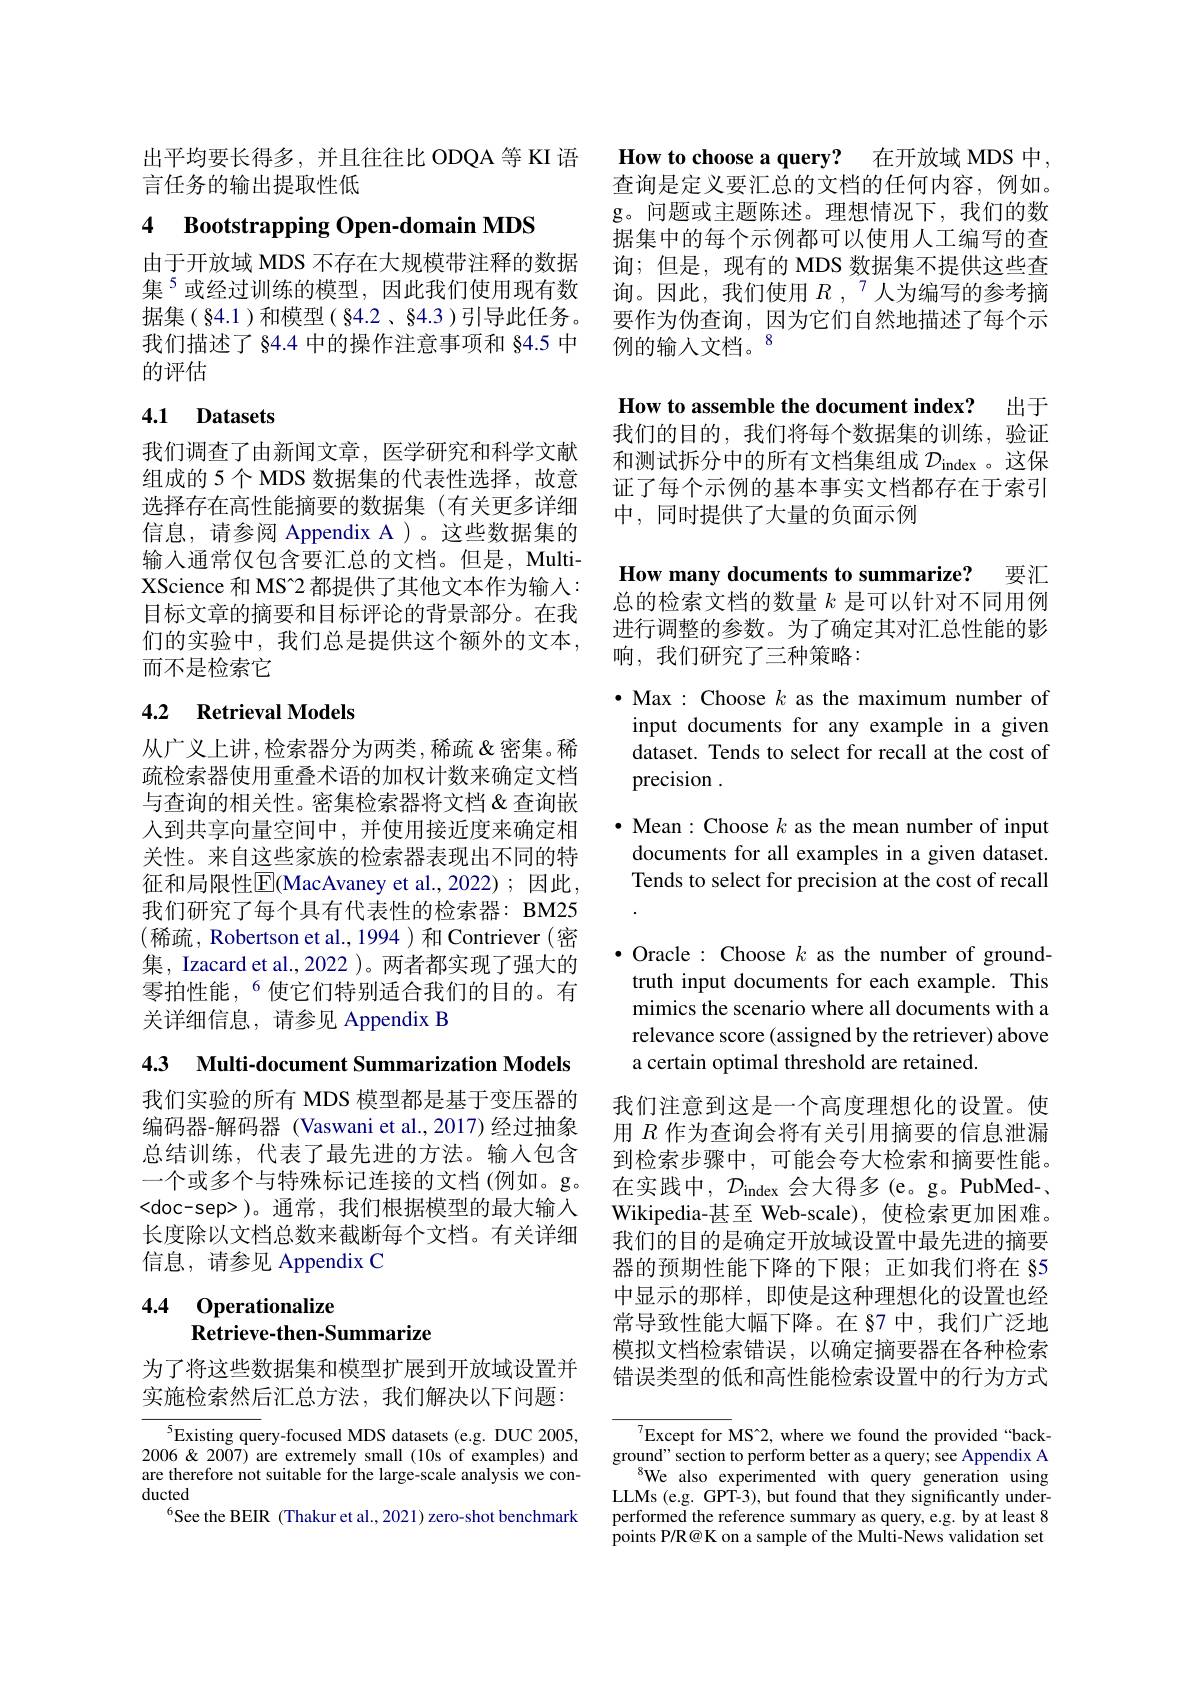
出平均要长得多，并且往往比 ODQA 等 KI 语
言任务的输出提取性低

# 4 Bootstrapping Open-domain MDS

的评估

# 4.1 Datasets

我们调查了由新闻文章，医学研究和科学文献组成的 5 个 MDS 数据集的代表性选择，故意选择存在高性能摘要的数据集(有关更多详细信息，请参阅 Appendix A )。这些数据集的输入通常仅包含要汇总的文档。但是，MultiXScience 和 MS[INDEX]2 都提供了其他文本作为输入： 目标文章的摘要和目标评论的背景部分。在我们的实验中，我们总是提供这个额外的文本， 而不是检索它

## 4.2 Retrieval Models

从广义上讲，检索器分为两类，稀疏&密集。稀疏检索器使用重叠术语的加权计数来确定文档与查询的相关性。密集检索器将文档&查询嵌人到共享向量空间中，并使用接近度来确定相关性。来自这些家族的检索器表现出不同的特征和局限性|E(MacAvaney et al.,2022);因此， 我们研究了每个具有代表性的检索器：BM25 (稀疏，Robertson et al.,1994)和Contriever(密集，Izacard et al.,2022 )。两者都实现了强大的零拍性能，$^{6}$使它们特别适合我们的目的。有关详细信息，请参见 Appendix B

4.3 Multi-document Summarization Models

我们实验的所有 MDS 模型都是基于变压器的编码器-解码器 (Vaswani et al.,2017) 经过抽象总结训练，代表了最先进的方法。输入包含 到检索步骤中，可能会夸大检索和摘要性能。一个或多个与特殊标记连接的文档(例如。g。在实践中，$\mathcal{D}_\mathrm{index}$会大得多(e。g。PubMed-、 <doc-sep> )。通常，我们根据模型的最大输入长度除以文档总数来截断每个文档。有关详细信息，请参见 Appendix C

# 4.4 Operationalize Retrieve-then-Summarize

为了将这些数据集和模型扩展到开放域设置并实施检索然后汇总方法，我们解决以下问题：

$^{5}$Existing query-focused MDS datasets (e.g. DUC 2005, $2006\&2007)$ are extremely small (10s of examples) and are therefore not suitable for the large-scale analysis we conducted
$^{6}$See the BEIR (Thakur et al., 2021) zero-shot benchmark

How to choose a query? 在开放域 MDS 中， 查询是定义要汇总的文档的任何内容，例如。g。问题或主题陈述。理想情况下，我们的数据集中的每个示例都可以使用人工编写的查
由于开放域 MDS 不存在大规模带注释的数据 询；但是，现有的 MDS 数据集不提供这些查集$^{5}$或经过训练的模型，因此我们使用现有数 询。因此，我们使用$R,^{7}$人为编写的参考摘据集(§4.1)和模型(§4.2、§4.3)引导此任务。要作为伪查询，因为它们自然地描述了每个示我们描述了 §4.4 中的操作注意事项和 §4.5 中 例的输人文档。$^{8}$

How to assemble the document index? 出于

我们的目的，我们将每个数据集的训练，验证和测试拆分中的所有文档集组成$\mathcal{D}_\mathrm{index}$ 。这保证了每个示例的基本事实文档都存在于索引中，同时提供了大量的负面示例

How many documents to summarize? 要汇

总的检索文档的数量$k$是可以针对不同用例进行调整的参数。为了确定其对汇总性能的影响，我们研究了三种策略：

$\bullet$ Max : Choose $k$ as the maximum number of input documents for any example in a given dataset. Tends to select for recall at the cost of precision .

$\bullet$ Mean: Choose $k$ as the mean number of input documents for all examples in a given dataset. Tends to select for precision at the cost of recall

$\bullet$ Oracle : Choose $k$ as the number of ground-
truth input documents for each example. This mimics the scenario where all documents with a relevance score (assigned by the retriever) above a certain optimal threshold are retained.

我们注意到这是一个高度理想化的设置。使用$R$作为查询会将有关引用摘要的信息泄漏Wikipedia-甚至 Web-scale), 使检索更加困难。我们的目的是确定开放域设置中最先进的摘要器的预期性能下降的下限；正如我们将在 85中显示的那样，即使是这种理想化的设置也经常导致性能大幅下降。在 87 中，我们广泛地模拟文档检索错误，以确定摘要器在各种检索错误类型的低和高性能检索设置中的行为方式

$^{7}$Except for MS[INDEX]2, where we found the provided“background" section to perform better as a query; see Appendix A
$^{8}$We also experimented with query generation using LLMs (e.g. GPT-3), but found that they significantly underperformed the reference summary as query, e.g. by at least 8 points P/R@ K on a sample of the Multi-News validation set